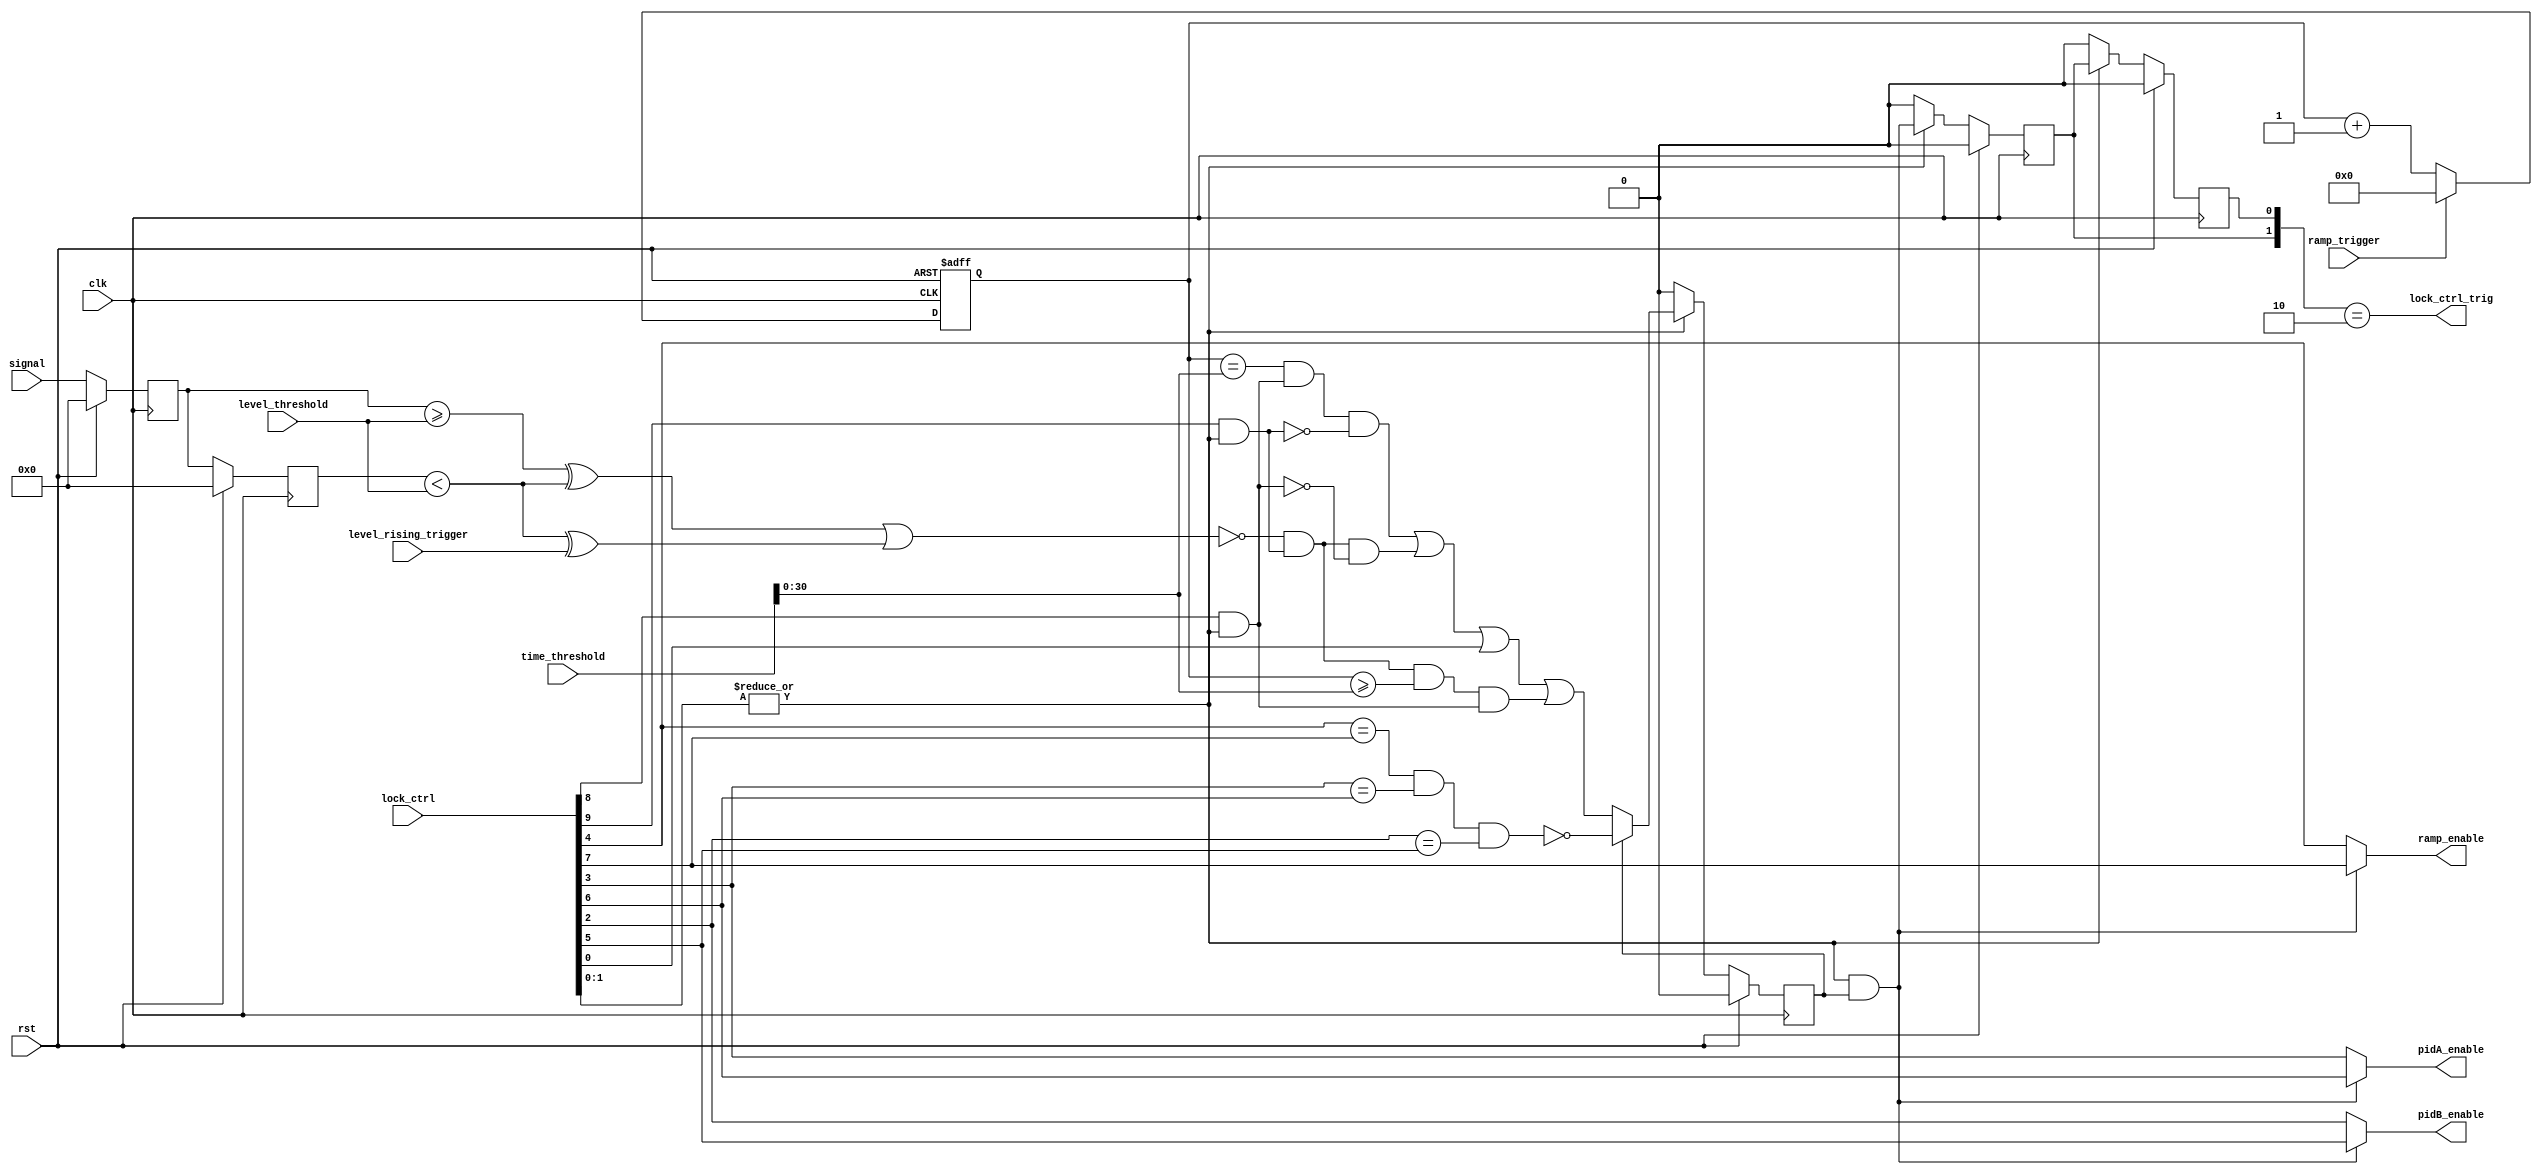
// This program was cloned from: https://github.com/marceluda/rp_lock-in_pid
// License: GNU General Public License v3.0

`timescale 1ns / 1ps
//////////////////////////////////////////////////////////////////////////////////
// Company:
// Engineer:
//
// Design Name:
// Module Name: lock_ctrl
// Project Name:
// Target Devices:
// Tool Versions:
// Description:
//
// Dependencies:
//
// Revision:
// Revision 0.01 - File Created
// Additional Comments:
//
//////////////////////////////////////////////////////////////////////////////////


module lock_ctrl
    (
    input clk,rst,
    // inputs
    input         [10-1:0] lock_ctrl,
    input  signed [14-1:0] signal,
    input                  ramp_trigger,
    input         [32-1:0] time_threshold,
    input  signed [14-1:0] level_threshold,
    input                  level_rising_trigger,
    // outputs
    output                 ramp_enable,
    output                 pidA_enable,
    output                 pidB_enable,
    output                 lock_ctrl_trig
    );

    /** lock_ctrl has the following bits :
     *
     * lock_ctrl[ 0] --> lock_now         : start the lock rigth now
     * lock_ctrl[ 1] --> launch_lock      : look for lock trigger condition
     * lock_ctrl[ 2] --> pidB_enable_ctrl --|
     * lock_ctrl[ 3] --> pidA_enable_ctrl   |--> actual state of enable controls
     * lock_ctrl[ 4] --> ramp_enable_ctrl --|
     * lock_ctrl[ 5] --> set_pidB_enable --|      end state of enable
     * lock_ctrl[ 6] --> set_pidA_enable   |----> if lock condition
     * lock_ctrl[ 7] --> set_ramp_enable --|      is met
     * lock_ctrl[ 8] --> trig_time        : fires trigger if time condition is met
     * lock_ctrl[ 9] --> trig_val         : fires trigger if threshold condition is met
     * lock_ctrl[10] --> lock_trig_rise   : derivative condition for threshold trigger
     *
     **/

    wire    seek_time_trig,seek_level_trig,seek_trig_on;
    wire    now_eg_th,last_lt_th,set_lock;

    // set_lock wire tells if you must close the feedbak loop

    wire   trigger_took_effect;  // helper to see if the end state condition is already set
    assign trigger_took_effect = (lock_ctrl[4]==lock_ctrl[7])&(lock_ctrl[3]==lock_ctrl[6])&(lock_ctrl[2]==lock_ctrl[5]);

    assign seek_trig_on    = (|lock_ctrl[1:0]) ;   // if lock_now or launch_lock, we want to start a lock
    assign seek_time_trig  = lock_ctrl[8] & seek_trig_on; // time trigger seek
    assign seek_level_trig = lock_ctrl[9] & seek_trig_on; // level trigger seek



    // counter for time trigger
    reg  [31-1:0] cnt ;
    wire [32-1:0] cnt_next ;

    always @(posedge clk, posedge rst)
        if (rst) cnt  <=   31'b0   ;
        else     cnt  <=  cnt_next[31-1:0] ;

    // counter is synchronized with gen_ramp signal
    assign cnt_next = ramp_trigger ? 32'b0 : cnt+1'b1 ;



    // save last val of signal and time (useful to get level trigger slope condition)
    reg  signed   [14-1:0] signal_last,signal_now;
    wire signed   [14-1:0] signal_last_next,signal_now_next;

    always @(posedge clk) begin
        if (rst) begin
            signal_last  <=   32'b0   ;
            signal_now   <=   32'b0   ;
        end
        else begin
            signal_last  <=   signal_last_next   ;
            signal_now   <=   signal_now_next   ;
        end
    end

    assign signal_now_next  = signal;
    assign signal_last_next = signal_now ;



    // did trigger already happened?
    reg   trigger_found,set_lock_last,set_lock_now;
    wire  trigger_found_next;
    wire  trigger,time_trigger,level_trigger,both_trigger;

    always @(posedge clk) begin
        if (rst) begin
            trigger_found       <=   1'b0  ;
            set_lock_now        <=   1'b0  ;
            set_lock_last       <=   1'b0  ;
        end
        else begin
            if (~seek_trig_on) begin
                trigger_found       <=   1'b0  ;
                set_lock_now        <=   1'b0  ;
                set_lock_last       <=   1'b0  ;
            end
            else begin
                trigger_found       <= trigger_found_next ;
                set_lock_now        <=   set_lock  ;
                set_lock_last       <=   set_lock_now  ;
            end
        end
    end

    //assign trigger_found_next  =  trigger_found==1'b1  ?  1'b1 : trigger ;
    assign trigger_found_next  =  trigger_found  ?  ~trigger_took_effect : trigger ;

    assign lock_ctrl_trig      = {set_lock_now,set_lock_last} == 2'b10 ;


    // Trigger is level or time contition is fullfilled
    assign trigger       = time_trigger | (level_trigger&(~seek_time_trig)) | lock_ctrl[0] | both_trigger;

    // Time trigger
    assign time_trigger  = (cnt==time_threshold[31-1:0]) & seek_time_trig & (~seek_level_trig) ;

    /* Level trigger: if signal is equal or greater (less) than threshold
                      and was less (equal or greater) in the last value
                      then fires trigger
    */

    assign now_eg_th        = signal_now>=level_threshold;
    assign last_lt_th       = signal_last<level_threshold;
    assign level_trigger    = ( ~ ( ( now_eg_th^last_lt_th  ) | ( last_lt_th^level_rising_trigger ) ) )
                              & seek_level_trig ;

    // time+level trigger: if time trigger condition was already met, then fire trigger when level condition is met
    assign both_trigger     = level_trigger & (cnt>=time_threshold[31-1:0]) & seek_time_trig;

    // If trigger condition is met and you ar looking for that ...
    assign set_lock         = (seek_trig_on&trigger_found);

    // Outputs
    assign ramp_enable      = set_lock ?  lock_ctrl[7] :  lock_ctrl[4]   ;
    assign pidA_enable      = set_lock ?  lock_ctrl[6] :  lock_ctrl[3]   ;
    assign pidB_enable      = set_lock ?  lock_ctrl[5] :  lock_ctrl[2]   ;


endmodule



/*
lock_ctrl NAME (
    .clk(clk),  .rst(rst),
    // inputs
    .lock_ctrl            ( lock_state         ),
    .signal               ( lock_ctrl_signal   ),
    .ramp_trigger         ( ramp_trig          ),
    .time_threshold       ( lock_trig_time_val ),
    .level_threshold      ( lock_trig_val      ),
    .level_rising_trigger ( lock_trig_rise     ),
    // outputs
    .ramp_enable          ( ramp_enable_ctrl   ),
    .pidA_enable          ( pidA_enable_ctrl   ),
    .pidB_enable          ( pidB_enable_ctrl   )
);
*/